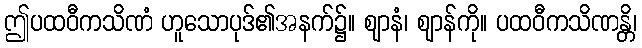
ဤပထဝီကသိဏံ ဟူသောပုဒ်၏အနက်၌။ ဈာနံ၊ ဈာန်ကို။ ပထဝီကသိဏန္တိ၊